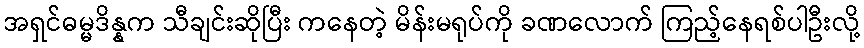
အရှင်ဓမ္မဒိန္နက သီချင်းဆိုပြီး ကနေတဲ့ မိန်းမရုပ်ကို ခဏလောက် ကြည့်နေရစ်ပါဦးလို့